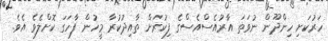
ހަރުކަށި ހިންދޫން ނުވަތަ އާރުއެސްއެސްގެ ފިކުރަށް ތާއިދުކުރާ މީހުން ފާހަގަ ކޮށްލެވެ އެވެ.